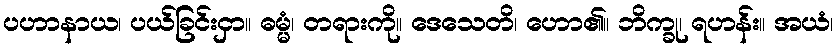
ပဟာနာယ၊ ပယ်ခြင်းငှာ။ ဓမ္မံ၊ တရားကို။ ဒေသေတိ၊ ဟော၏။ ဘိက္ခု၊ ရဟန်း။ အယံ၊